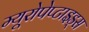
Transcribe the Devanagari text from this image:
म्यूरोपेप्टाइड्स